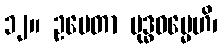
၁၂။ ဥပေတာ ဗုဒ္ဓဓမ္မေဟိ၊